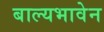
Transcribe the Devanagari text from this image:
बाल्यभावेन